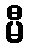
မီ